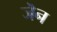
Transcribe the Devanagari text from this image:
जॆन